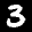
Label: 3